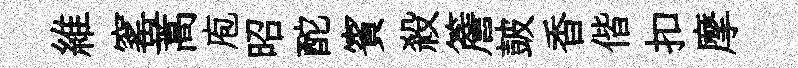
維窰蒿庖昭酡賓殺簷皷香偕扣摩